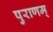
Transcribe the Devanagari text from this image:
पुराणम्‌